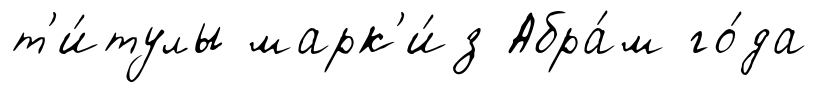
т'и́тулы марк'и́з Абра́м го́да